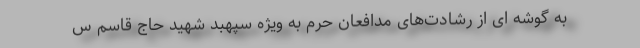
به گوشه ای از رشادت‌های مدافعان حرم به ویژه سپهبد شهید حاج قاسم س